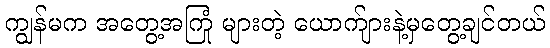
ကျွန်မက အတွေ့အကြုံ များတဲ့ ယောက်ျားနဲ့မှတွေ့ချင်တယ်